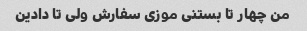
من چهار تا بستنی موزی سفارش ولی تا دادین